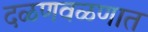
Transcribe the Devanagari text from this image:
दळणवळणात